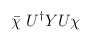
\begin{align*}\bar{\chi}\;U^\dag YU\chi\end{align*}